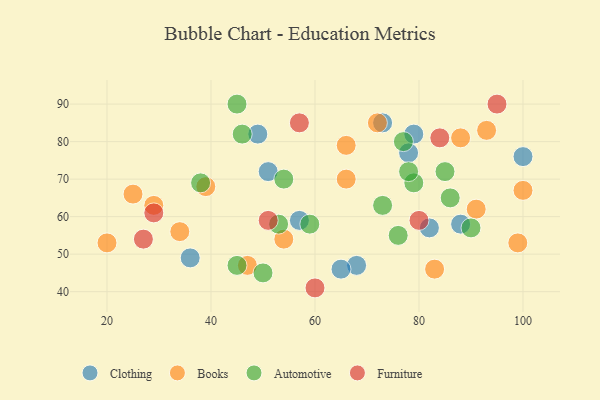
{"axis": {"x": "GDP", "y": "Life Expectancy"}, "legend": ["Automotive", "Books", "Clothing", "Furniture"], "data": [{"x": "79", "y": 82, "type": "Clothing"}, {"x": "78", "y": 77, "type": "Clothing"}, {"x": "51", "y": 72, "type": "Clothing"}, {"x": "49", "y": 82, "type": "Clothing"}, {"x": "57", "y": 59, "type": "Clothing"}, {"x": "100", "y": 76, "type": "Clothing"}, {"x": "73", "y": 85, "type": "Clothing"}, {"x": "68", "y": 47, "type": "Clothing"}, {"x": "88", "y": 58, "type": "Clothing"}, {"x": "36", "y": 49, "type": "Clothing"}, {"x": "65", "y": 46, "type": "Clothing"}, {"x": "82", "y": 57, "type": "Clothing"}, {"x": "88", "y": 81, "type": "Books"}, {"x": "47", "y": 47, "type": "Books"}, {"x": "93", "y": 83, "type": "Books"}, {"x": "99", "y": 53, "type": "Books"}, {"x": "25", "y": 66, "type": "Books"}, {"x": "66", "y": 79, "type": "Books"}, {"x": "34", "y": 56, "type": "Books"}, {"x": "83", "y": 46, "type": "Books"}, {"x": "91", "y": 62, "type": "Books"}, {"x": "100", "y": 67, "type": "Books"}, {"x": "39", "y": 68, "type": "Books"}, {"x": "54", "y": 54, "type": "Books"}, {"x": "66", "y": 70, "type": "Books"}, {"x": "72", "y": 85, "type": "Books"}, {"x": "20", "y": 53, "type": "Books"}, {"x": "29", "y": 63, "type": "Books"}, {"x": "50", "y": 45, "type": "Automotive"}, {"x": "59", "y": 58, "type": "Automotive"}, {"x": "73", "y": 63, "type": "Automotive"}, {"x": "45", "y": 47, "type": "Automotive"}, {"x": "76", "y": 55, "type": "Automotive"}, {"x": "46", "y": 82, "type": "Automotive"}, {"x": "86", "y": 65, "type": "Automotive"}, {"x": "38", "y": 69, "type": "Automotive"}, {"x": "85", "y": 72, "type": "Automotive"}, {"x": "90", "y": 57, "type": "Automotive"}, {"x": "45", "y": 90, "type": "Automotive"}, {"x": "77", "y": 80, "type": "Automotive"}, {"x": "53", "y": 58, "type": "Automotive"}, {"x": "54", "y": 70, "type": "Automotive"}, {"x": "79", "y": 69, "type": "Automotive"}, {"x": "78", "y": 72, "type": "Automotive"}, {"x": "29", "y": 61, "type": "Furniture"}, {"x": "80", "y": 59, "type": "Furniture"}, {"x": "51", "y": 59, "type": "Furniture"}, {"x": "95", "y": 90, "type": "Furniture"}, {"x": "60", "y": 41, "type": "Furniture"}, {"x": "57", "y": 85, "type": "Furniture"}, {"x": "27", "y": 54, "type": "Furniture"}, {"x": "84", "y": 81, "type": "Furniture"}]}